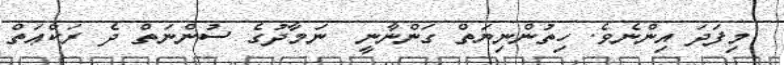
މިފަދަ އިންނެވެ. ހިތުންނިޔަތް ގަންނާނީ  ނަމާދުގެ ސުންނަތް ދެ ރަކްޢަތް